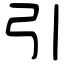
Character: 引